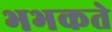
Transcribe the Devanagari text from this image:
भभकते